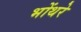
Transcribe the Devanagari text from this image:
भोंथरे